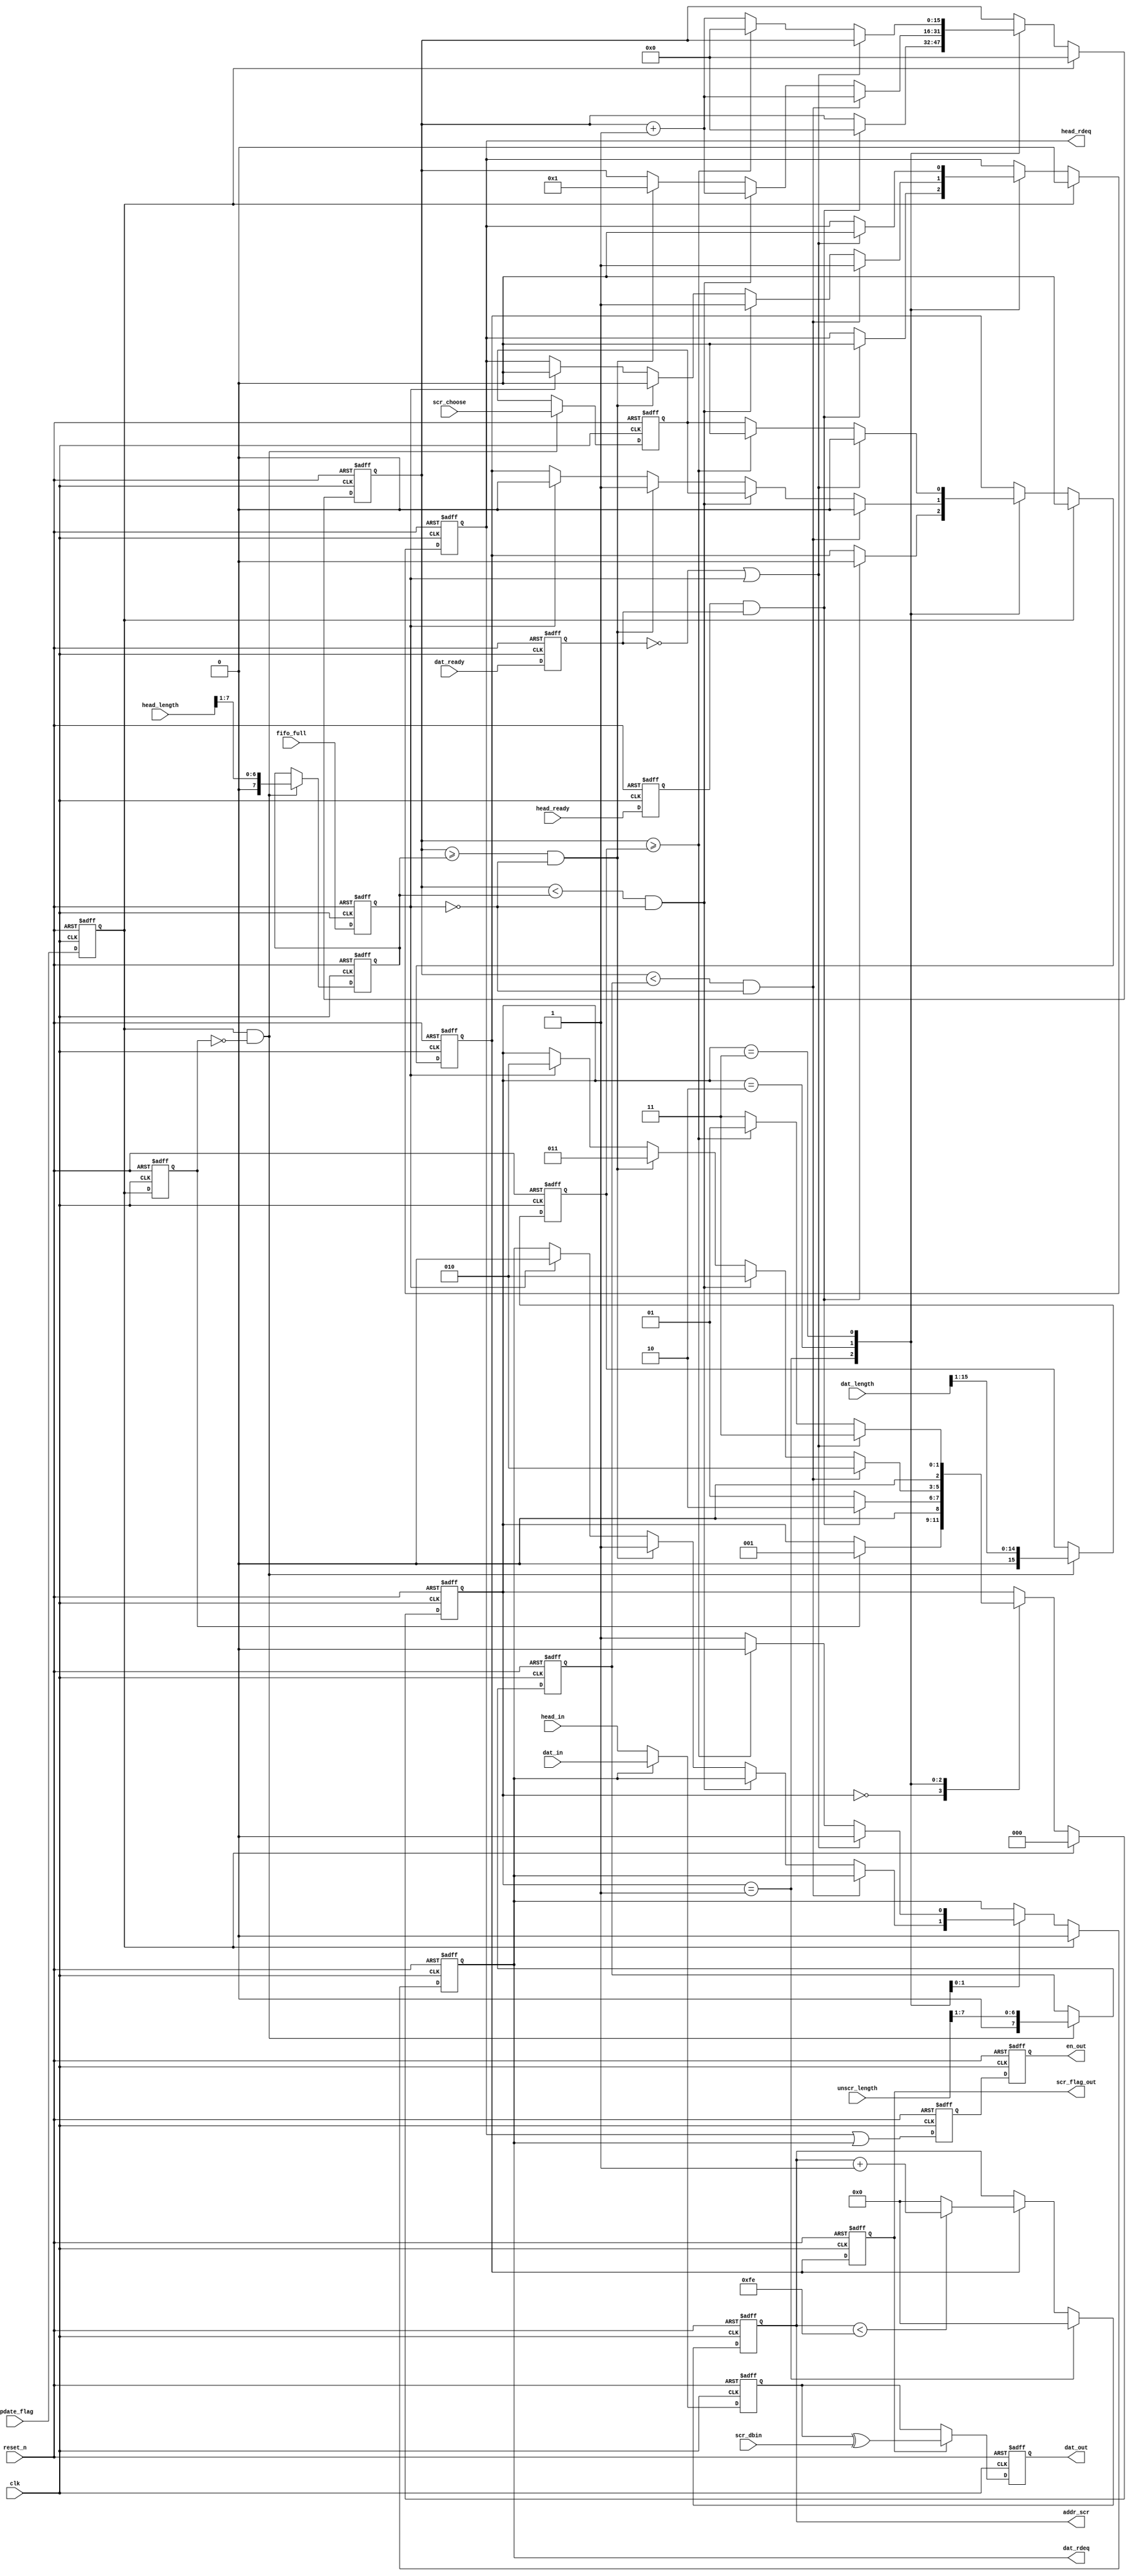
module FrameGenCon(
						input clk,
						input reset_n,
						
						//input [2 : 0] channel_choose,
						
						//input [15 : 0] retrace_length,
						input [15 : 0] dat_length,
						input [7  : 0] head_length,
						input [7  : 0] unscr_length,
						
						input update_flag,
						
						input head_ready,
						input dat_ready,
						
						output reg head_rdeq,
						input  [15 : 0] head_in,//ackFIFO
						
						output reg dat_rdeq,
						input  [15 : 0] dat_in,//ackfifo
						
						output reg en_out,
						output reg [15 : 0] dat_out,
						
						input fifo_full,
						
						output reg [10 : 0] addr_scr,
						output reg scr_flag_out,
						
						input [15 : 0] scr_dbin,
						input scr_choose						
					
					);
					
	reg  flag_reg0;
	reg  flag_reg1;
	reg scr_flag;
	
	always @ (posedge clk or negedge reset_n)
	begin
		if (!reset_n)
		begin
			flag_reg0 <= 1'b0;
			flag_reg1 <= 1'b0;
		end
		else
		begin
			flag_reg0 <= update_flag;
			flag_reg1 <= flag_reg0;
		end
	end 
	
	reg  head_ready_reg;
	reg  dat_ready_reg;
	reg  fifo_full_reg;
	
	always @ (posedge clk or negedge reset_n)
	begin
		if (!reset_n)
		begin
			head_ready_reg <= 1'b0;
			dat_ready_reg <= 1'b0;
			fifo_full_reg <= 1'b0;
		end
		else
		begin
			head_ready_reg <= head_ready;
			dat_ready_reg <= dat_ready;
			fifo_full_reg <= fifo_full;
		end
	end 
	
	//reg [15 : 0] retrace_length_reg;
	reg [15 : 0] dat_length_reg;
	reg [ 7 : 0] head_length_reg;
	reg [ 7 : 0] unscr_length_reg;
	reg scr_choose_reg;
	
	always @ (posedge clk or negedge reset_n)
	begin
		if (!reset_n)
		begin
			//retrace_length_reg <= 16'd0;
			dat_length_reg   <= 16'd0;
			head_length_reg    <=  8'd0;
			unscr_length_reg    <=  8'd0;
			scr_choose_reg <= 1'b0;
		end
		else if(flag_reg0&!flag_reg1)
		begin
			//retrace_length_reg <= {1'b0,retrace_length[15 : 1]};
			dat_length_reg     <= {1'b0,dat_length[15 : 1]};
			head_length_reg    <= {1'b0,head_length[7 : 1]};
			unscr_length_reg    <= {1'b0,unscr_length[7 : 1]};
			scr_choose_reg <= scr_choose;
		end
	end
	
	reg [2 : 0] state;
	
	//reg [15 : 0] frame_cnt;
	//output reg scr_flag;
	
	reg [15 : 0] count;
	
	parameter idle       = 3'd0 ;
	parameter judge_fifo = 3'd1 ;
	parameter send_head  = 3'd2 ;
	parameter send_dat   = 3'd3 ;
	//parameter send_ret   = 3'd4 ;
	
	always @ (posedge clk or negedge reset_n)
	begin
		if (!reset_n)
		begin
			state <= idle;

			count <= 16'd0;
			head_rdeq <= 1'b0;
			dat_rdeq <= 1'b0;
			
			scr_flag <= 1'b0;
		end
		else if (flag_reg0)
		begin
			state <= idle;

			count <= 16'd0;
			head_rdeq <= 1'b0;
			dat_rdeq <= 1'b0;
			
			scr_flag <= 1'b0;
		end 
		else
		begin
			case (state)
			idle:
				if (flag_reg1)
					begin
						state <= judge_fifo;
					end
					else;
			
			judge_fifo:
			begin
				if ((head_ready_reg)&&(dat_ready_reg))
				begin
					state <= send_head;
				
					head_rdeq <= 1'b0;
					
					count <= 16'd0;
					
					scr_flag <= 1'b0;
				end
				else
				begin
					state <= judge_fifo;
				end
			end
			
			send_head:
			begin
				if ((count < unscr_length_reg)&&(!fifo_full_reg))
				begin
					count <= count + 1'b1;
					state <= send_head;
					
					head_rdeq <= 1'b1;
					
					scr_flag <= 1'b0;
				end
				else if ((count < head_length_reg)&&(!fifo_full_reg))
				begin
					count <= count + 1'b1;
					state <= send_head;
					
					head_rdeq <= 1'b1;
					
					scr_flag <= scr_choose_reg;
										
				end
				else if((count >= head_length_reg)&&(!fifo_full_reg))
				begin
					count <= 16'd1;
					state <= send_dat;
					
					head_rdeq <= 1'b0;
					dat_rdeq <= 1'b1;
					
					scr_flag <= 1'b1;
					
				end 
				else if(fifo_full_reg)
				begin
					state <= send_head;
					head_rdeq <= 1'b0;
					dat_rdeq <= 1'b0;
					
					scr_flag <= 1'b0;
				end
				else;
			end
			
			send_dat:
			begin
				
				if ((!dat_ready_reg)||(fifo_full_reg))
				begin
					state <= send_dat;
					head_rdeq <= 1'b0;
					dat_rdeq <= 1'b0;
					//enreg_out  <=  1'b0;
					scr_flag <= 1'b0;
				end
				else if(count >= dat_length_reg)
				begin
					count <= 16'd0;
					state <= judge_fifo;
					dat_rdeq <= 1'b0;
					scr_flag <= 1'b0;
				end 
				else 
				begin
					count <= count + 1'b1;
					state <= send_dat;
					dat_rdeq <= 1'b1;
					scr_flag <= scr_choose_reg;//
				end
			end
			
//			send_ret:
//			begin
//				if (count < retrace_length_reg)
//				begin
//					count <= count + 1'b1;
//					state <= send_ret;	
//				end
//				else
//				begin
//					count <= 16'd0;
//					state <= judge_fifo;
//				end
//			end
			
			default:;
			endcase
		end 
	end 

	always @ (posedge clk or negedge reset_n)
	begin
		if (!reset_n)
		begin
			addr_scr <= 11'd0;
		end
		else if (state == judge_fifo)
		begin
			addr_scr <= 11'd0;
		end
		else if (scr_flag)
		begin
			if (addr_scr < 11'd254)
				addr_scr <= addr_scr +1'b1;
			else
				addr_scr <= 11'd0;
		end 
	end
	
	wire [15 : 0] datreg_out;
	wire enreg_out;
	
	assign enreg_out = head_rdeq|dat_rdeq;
	assign datreg_out = (dat_rdeq) ? dat_in : head_in;
	
	reg [15 : 0] datreg1_out;
	reg enreg1_out;
	
	always @ (posedge clk or negedge reset_n)
	begin
		if (!reset_n)
		begin
			datreg1_out <= 16'd0;
			enreg1_out  <=  1'b0;
			scr_flag_out <= 1'b0;
		end
		else
		begin
			datreg1_out <=  datreg_out;
			enreg1_out  <=   enreg_out;
			scr_flag_out <= scr_flag;
		end
	end 
	
	always @ (posedge clk or negedge reset_n)
	begin
		if (!reset_n)
		begin
			dat_out <= 16'd0;
			en_out  <=  1'b0;
		end
		else if (scr_flag_out)
		begin
			dat_out <=  datreg1_out^scr_dbin;
			en_out  <=   enreg1_out;
		end
		else 
		begin
			dat_out <=  datreg1_out;
			en_out  <=   enreg1_out;
		end
	end 

endmodule